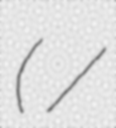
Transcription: (タッチ /